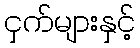
ငှက်များနှင့်